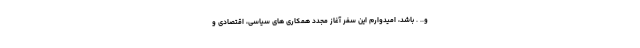
و.. . باشد، امیدوارم این سفر آغاز مجدد همکاری های سیاسی، اقتصادی و